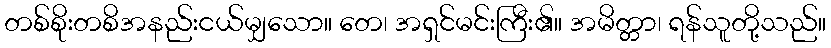
တစ်စိုးတစိအနည်းငယ်မျှသော။ တေ၊ အရှင်မင်းကြီး၏။ အမိတ္တာ၊ ရန်သူတို့သည်။